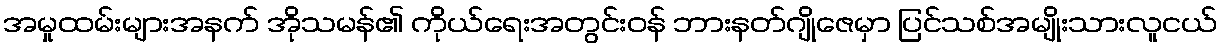
အမှုထမ်းများအနက် အိုသမန်၏ ကိုယ်ရေးအတွင်းဝန် ဘားနတ်ဂျိုဇေမှာ ပြင်သစ်အမျိုးသားလူငယ်